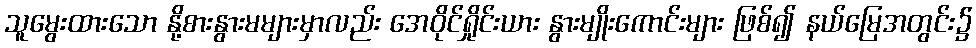
သူမွေးထားသော နို့စားနွားမများမှာလည်း အေဝိုင်ရှိုင်းယား နွားမျိုးကောင်းများ ဖြစ်၍ နယ်မြေအတွင်း၌